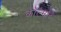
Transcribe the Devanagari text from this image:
कॉल्मोरे